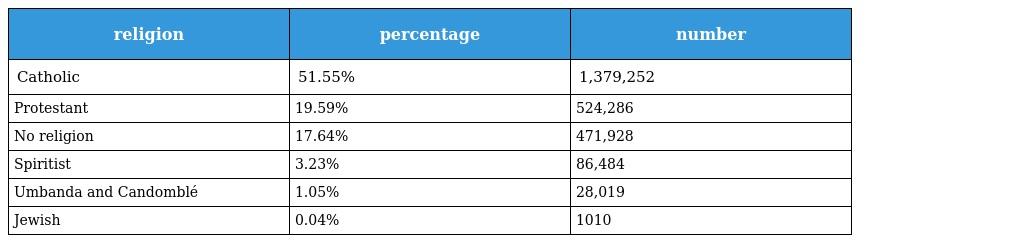
| religion | percentage | number |
 | --- | --- | --- |
 | Catholic | 51.55% | 1,379,252 |
 | Protestant | 19.59% | 524,286 |
 | No religion | 17.64% | 471,928 |
 | Spiritist | 3.23% | 86,484 |
 | Umbanda and Candomblé | 1.05% | 28,019 |
 | Jewish | 0.04% | 1010 |